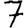
Digit: 7